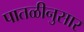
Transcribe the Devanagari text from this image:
पातळीनुसार